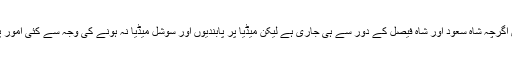
سعودی شاہی خاندان کے اندر اقتدار کی کشمکش اگرچہ شاہ سعود اور شاہ فیصل کے دور سے ہی جاری ہے لیکن میڈیا پر پابندیوں اور سوشل میڈیا نہ ہونے کی وجہ سے کئی امور پر پردہ ڈالنا بہت آسان تھا جو اب ممکن نہیں رہا۔